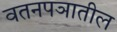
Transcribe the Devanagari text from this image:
वतनपञातील